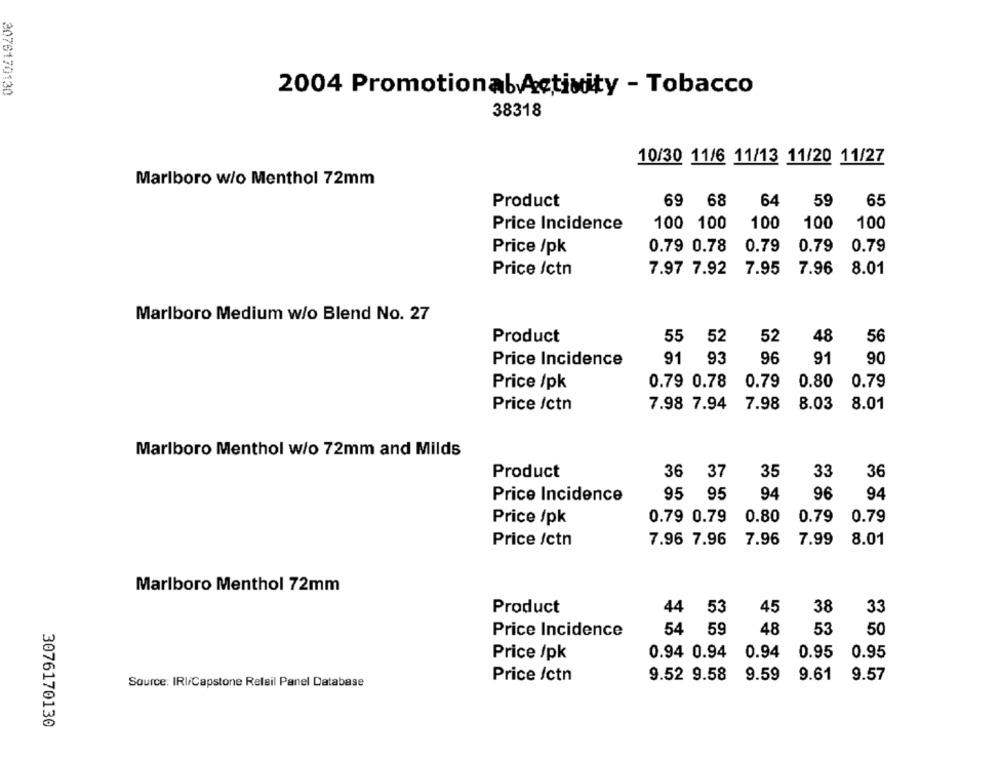
2076170130
2004 Promotionab Activity - Tobacco
38318
10/30 11/6 11/13 11/20 11/27
Marlboro w/o Menthol 72mm
Product
69 68
64
59
65
Price Incidence
100 100
100
100
100
Price /pk
0.79 0.78
0.79
0.79
0.79
Price /ctn
7.97 7.92
7.95
7.96 8.01
Marlboro Medium w/o Blend No. 27
Product
55
52
52
48
56
Price Incidence
91 93
96
91
90
Price /pk
0.79 0.78
0.79
0.80
0.79
Price /ctn
7.98 7.94
7.98
8.03 8.01
Marlboro Menthol w/o 72mm and Milds
36 37
35
36
Product
33
95
95
94
96
94
Price Incidence
0.79 0.79
0.80
Price /pk
0.79 0.79
7.96 7.96
7.96
7.99 8.01
Price /ctn
Marlboro Menthol 72mm
Product
44
53
45
38
33
54 59
48
53
50
Price Incidence
0.94 0.94
0.94 0.95
0.95
Price /pk
9.52 9.58
9.59
9.61
9.57
Source: IRI/Capstone Relail Panel Database
Price /ctn
3076170130